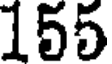
155